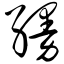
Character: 缦